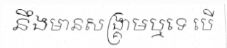
នឹងមានសង្គ្រាមឬទេ បើ